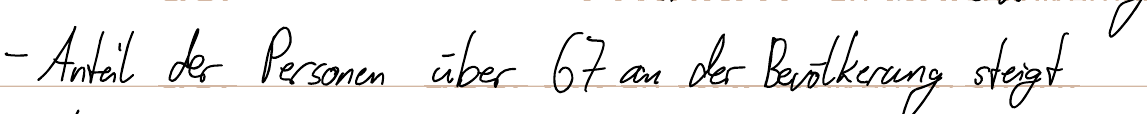
- Anteil der Personen über 67 an der Bevölkerung steigt